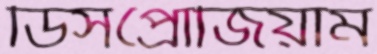
ডিসপ্রোজিয়াম